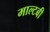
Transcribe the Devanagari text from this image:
माल्टबी